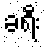
ခရီး